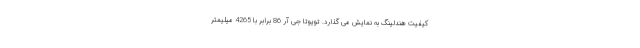
کیفیت هندلینگ به نمایش می گذارد. تویوتا جی آر 86 برابر با 4265 میلیمتر